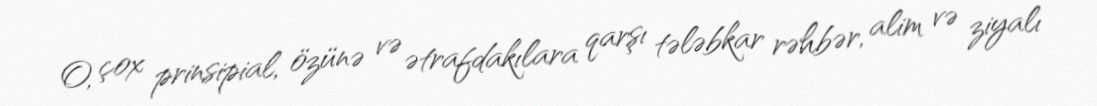
O, çox prinsipial, özünə və ətrafdakılara qarşı tələbkar rəhbər, alim və ziyalı